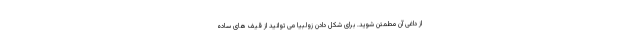
از داغی آن مطمئن شوید. برای شکل دادن زولبیا می توانید از قیف های ساده